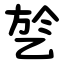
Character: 乻